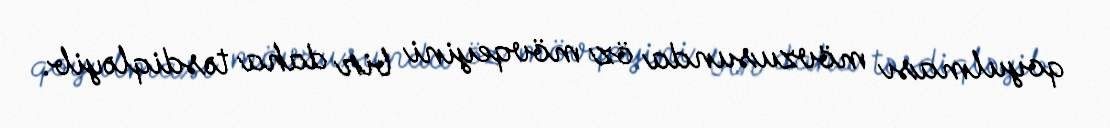
qoyulması mövzusunda öz mövqeyini bir daha təsdiqləyib.